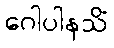
ဂေါပါနသိံ